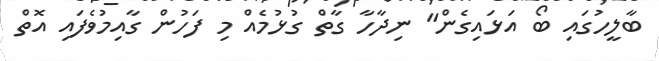
ބާލީހުގައި ބޯ އަޅައިގެން" ނިދާހާ ގާތް ގުޅުމެއް މި ފަހުން ގާއިމުވެފައި އޮތް